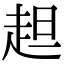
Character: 䞡